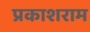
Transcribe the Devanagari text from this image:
प्रकाशराम